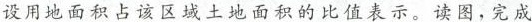
设用地面积占该区域土地面积的比值表示。读图，完成